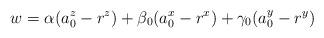
LaTeX: \begin{align*}w= \alpha (a_0^z-r^z) + \beta_0 (a_0^x-r^x) +\gamma_0 (a_0^y-r^y)\end{align*}